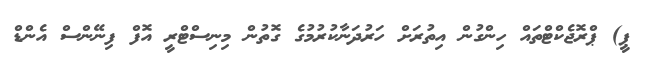
ޕީ) ޕްރޮޖެކްޓްތައް ހިންގުން އިތުރަށް ހަރުދަނާކުރުމުގެ ގޮތުން މިނިސްޓްރީ އޮފް ފިނޭންސް އެންޑް